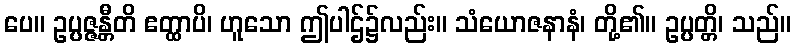
ပေ။ ဥပ္ပဇ္ဇန္တီတိ ဧတ္ထာပိ၊ ဟူသော ဤပါဌ်၌လည်း။ သံယောဇနာနံ၊ တို့၏။ ဥပ္ပတ္တိ၊ သည်။